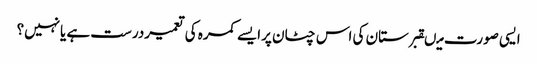
ایسی صورت میںقبرستان کی اس چٹان پرایسے کمرہ کی تعمیردرست ہے یانہیں؟